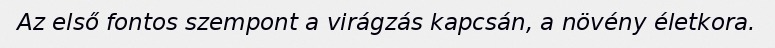
Az első fontos szempont a virágzás kapcsán, a növény életkora.